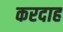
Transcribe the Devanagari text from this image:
करदाह